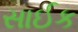
સાઈક